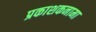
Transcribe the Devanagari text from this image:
प्रकाशकनामा